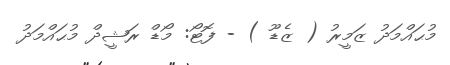
މުޙައްމަދު ޒަމީރު ( ޒެޑޫ ) - ފޮޓޯ: މޯޑް ރަޝީދް މުޙައްމަދު